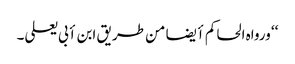
‘‘ ورواہ الحاکم أیضا من طریق ابن أبی یعلی۔